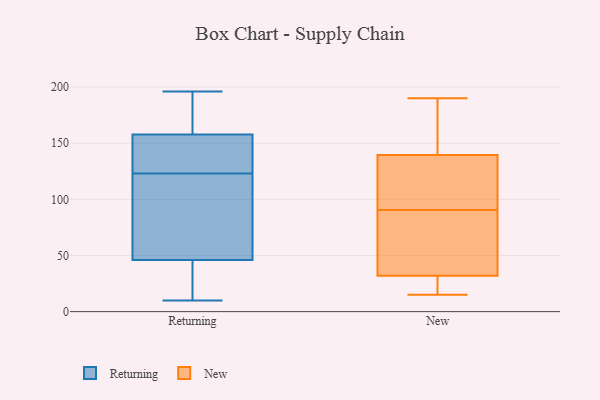
{"axis": {"x": "Page Views", "y": "Value"}, "legend": ["New", "Returning"], "data": [{"x": "", "y": 19, "type": "Returning"}, {"x": "", "y": 10, "type": "Returning"}, {"x": "", "y": 164, "type": "Returning"}, {"x": "", "y": 61, "type": "Returning"}, {"x": "", "y": 185, "type": "Returning"}, {"x": "", "y": 86, "type": "Returning"}, {"x": "", "y": 160, "type": "Returning"}, {"x": "", "y": 133, "type": "Returning"}, {"x": "", "y": 155, "type": "Returning"}, {"x": "", "y": 123, "type": "Returning"}, {"x": "", "y": 146, "type": "Returning"}, {"x": "", "y": 89, "type": "Returning"}, {"x": "", "y": 157, "type": "Returning"}, {"x": "", "y": 14, "type": "Returning"}, {"x": "", "y": 53, "type": "Returning"}, {"x": "", "y": 196, "type": "Returning"}, {"x": "", "y": 25, "type": "Returning"}, {"x": "", "y": 33, "type": "New"}, {"x": "", "y": 146, "type": "New"}, {"x": "", "y": 145, "type": "New"}, {"x": "", "y": 126, "type": "New"}, {"x": "", "y": 67, "type": "New"}, {"x": "", "y": 136, "type": "New"}, {"x": "", "y": 99, "type": "New"}, {"x": "", "y": 15, "type": "New"}, {"x": "", "y": 18, "type": "New"}, {"x": "", "y": 31, "type": "New"}, {"x": "", "y": 30, "type": "New"}, {"x": "", "y": 171, "type": "New"}, {"x": "", "y": 30, "type": "New"}, {"x": "", "y": 95, "type": "New"}, {"x": "", "y": 86, "type": "New"}, {"x": "", "y": 43, "type": "New"}, {"x": "", "y": 52, "type": "New"}, {"x": "", "y": 190, "type": "New"}, {"x": "", "y": 143, "type": "New"}, {"x": "", "y": 135, "type": "New"}]}